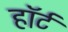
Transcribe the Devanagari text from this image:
हाॅर्ट